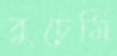
বুচেমি